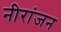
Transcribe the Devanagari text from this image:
नीरांजन